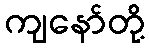
ကျနော်တို့